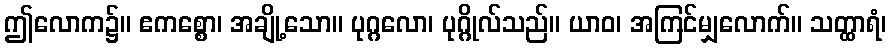
ဤလောက၌။ ဧကစ္စော၊ အချို့သော။ ပုဂ္ဂလော၊ ပုဂ္ဂိုလ်သည်။ ယာဝ၊ အကြင်မျှလောက်။ သတ္ထာရံ၊